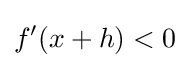
f'(x+h)<0